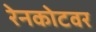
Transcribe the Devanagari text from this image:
रेनकोटवर